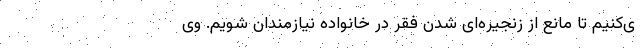
ی‌کنیم تا مانع از زنجیره‌ای شدن فقر در خانواده نیازمندان شویم. وی